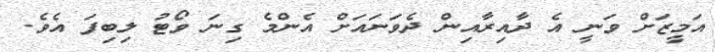
އަމީޒަށް ވަނީ އެ ދާއިރާއިން ދެވަނައަށް އެންމެ ގިނަ ވޯޓު ލިބިފަ އެވެ.